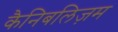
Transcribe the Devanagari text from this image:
कैनिबलिज़म